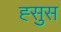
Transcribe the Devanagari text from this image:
ह्सुस